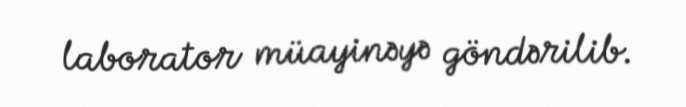
laborator müayinəyə göndərilib.